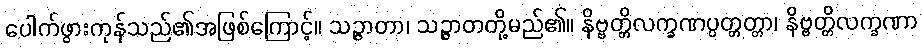
ပေါက်ဖွားကုန်သည်၏အဖြစ်ကြောင့်။ သဉ္ဇာတာ၊ သဉ္ဇာတတို့မည်၏။ နိဗ္ဗတ္တိလက္ခဏပ္ပတ္တတ္တာ၊ နိဗ္ဗတ္တိလက္ခဏာ